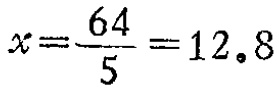
\(x=\frac{64}{5}=12.8\)